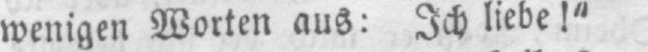
wenigen Worten aus: Ich liebe!“